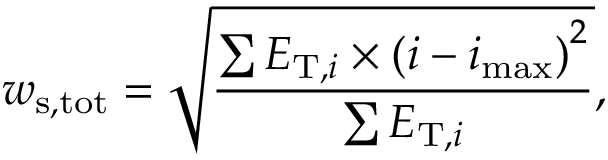
w _ { \mathrm { s , t o t } } = \sqrt { \frac { \sum { E _ { \mathrm { T } , i } \times ( i - i _ { \mathrm { m a x } } ) } ^ { 2 } } { \sum { E _ { \mathrm { T } , i } } } } ,